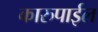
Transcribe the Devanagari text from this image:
कारुपाईल